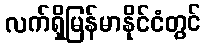
လက်ရှိမြန်မာနိုင်ငံတွင်